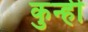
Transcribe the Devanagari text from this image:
कुन्ही